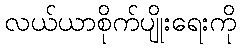
လယ်ယာစိုက်ပျိုးရေးကို